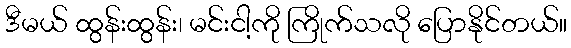
ဒီမယ် ထွန်းထွန်း၊ မင်းငါ့ကို ကြိုက်သလို ပြောနိုင်တယ်။